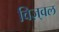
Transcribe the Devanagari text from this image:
विज़्वल